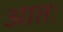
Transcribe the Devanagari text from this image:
आतः